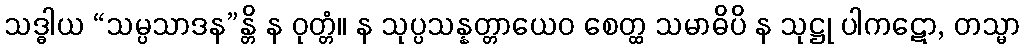
သဒ္ဓါယ “သမ္ပသာဒန”န္တိ န ဝုတ္တံ။ န သုပ္ပသန္နတ္တာယေဝ စေတ္ထ သမာဓိပိ န သုဋ္ဌု ပါကဋော, တသ္မာ